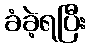
ခံခဲ့ရပြီး